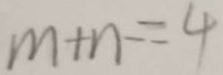
m + n - = 4